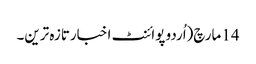
14 مارچ(اُردو پوائنٹ اخبارتازہ ترین۔